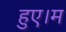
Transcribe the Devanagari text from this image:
हुए।म